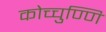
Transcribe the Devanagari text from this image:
कोच्चुण्णि